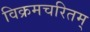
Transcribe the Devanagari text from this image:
विक्रमचरितम्